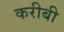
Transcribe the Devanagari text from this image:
करीबी